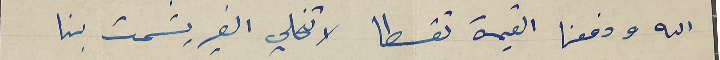
الله ودفعنا القيمة تقسطا لا تخلي الغير يشمت بنا